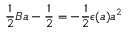
{ \frac { 1 } { 2 } } B a - { \frac { 1 } { 2 } } = - { \frac { 1 } { 2 } } \epsilon ( a ) a ^ { 2 }